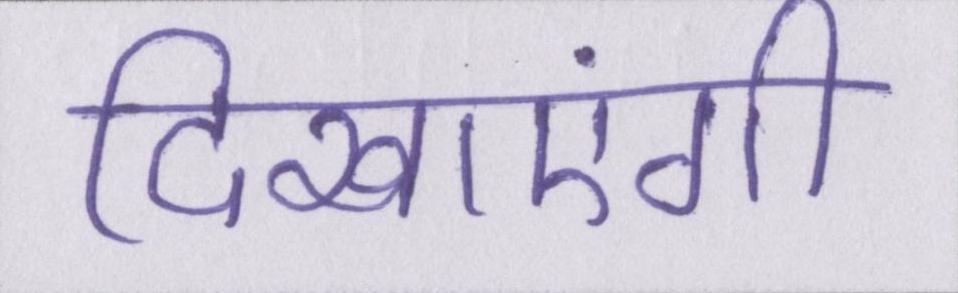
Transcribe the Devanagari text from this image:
दिखाएंगी